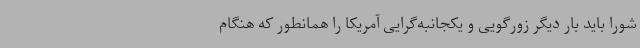
شورا باید بار دیگر زورگویی و یکجانبه‌گرایی آمریکا را همانطور که هنگام